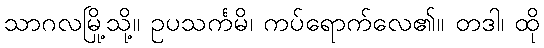
သာဂလမြို့သို့။ ဥပသင်္ကမိ၊ ကပ်ရောက်လေ၏။ တဒါ၊ ထို